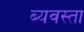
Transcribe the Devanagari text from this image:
ब्यवस्ता